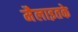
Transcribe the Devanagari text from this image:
मैलाइतके